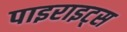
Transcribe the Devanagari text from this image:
पाइराइट्स